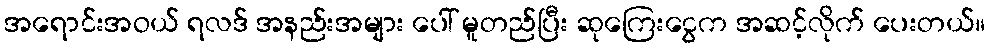
အရောင်းအဝယ် ရလဒ် အနည်းအများ ပေါ် မူတည်ပြီး ဆုကြေးငွေက အဆင့်လိုက် ပေးတယ်။